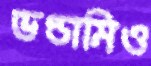
ভণ্ডামিও